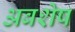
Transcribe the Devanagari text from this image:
अबशेष